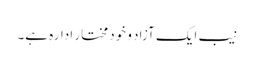
نیب ایک آزاد و خودمختار ادارہ ہے۔